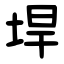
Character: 垾